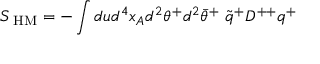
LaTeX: S _ { \mathrm { \scriptsize ~ H M } } = - \int d u d ^ { 4 } x _ { A } d ^ { 2 } \theta ^ { + } d ^ { 2 } \bar { \theta } ^ { + } \; \tilde { q } ^ { + } D ^ { + + } q ^ { + }